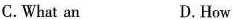
C. What an D.How